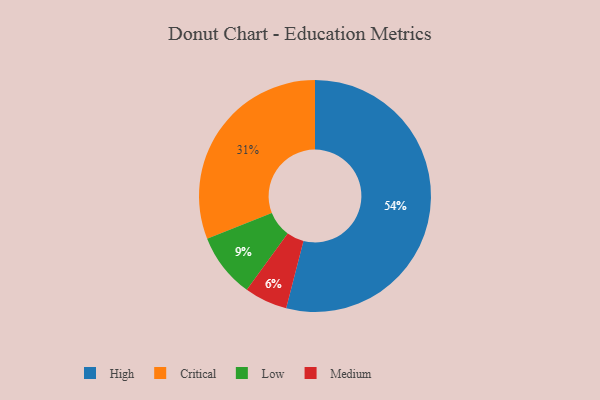
{"axis": {"x": "Category", "y": "Percentage"}, "legend": ["Critical", "High", "Low", "Medium"], "data": [{"x": "Low", "y": 9, "type": "Low"}, {"x": "Medium", "y": 6, "type": "Medium"}, {"x": "High", "y": 54, "type": "High"}, {"x": "Critical", "y": 31, "type": "Critical"}]}